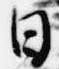
日